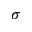
\sigma